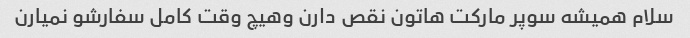
سلام همیشه سوپر مارکت هاتون نقص دارن و‌هیچ وقت کامل سفارشو نمیارن